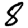
Digit: 8